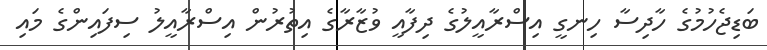
ބަޑިޖެހުމުގެ ހާދިސާ ހިނގީ އިސްރާއީލުގެ ދިފާއީ ވުޒާރާގެ އިތުރުން އިސްރާއީލު ސިފައިންގެ މައި